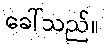
ခေါ်သည်။